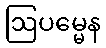
ဩပမ္မေန